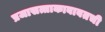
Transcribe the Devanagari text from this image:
प्रजासत्ताकाबाबतची